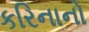
કરિનાનો